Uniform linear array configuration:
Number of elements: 4
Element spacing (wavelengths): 0.75
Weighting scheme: hann
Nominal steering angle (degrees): -45
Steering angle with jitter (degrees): -45.101
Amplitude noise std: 0.05
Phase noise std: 0.05

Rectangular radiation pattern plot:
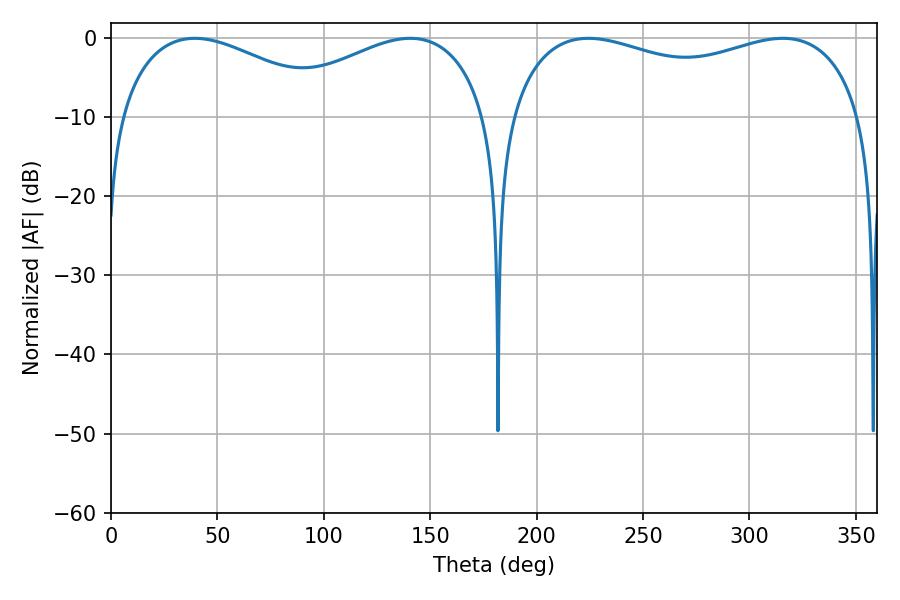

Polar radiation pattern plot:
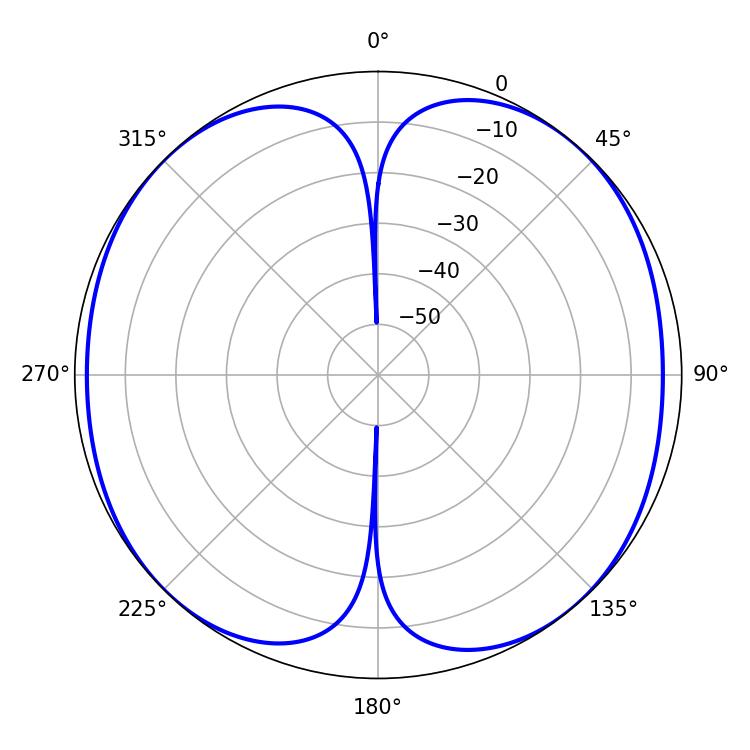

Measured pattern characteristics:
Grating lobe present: TRUE
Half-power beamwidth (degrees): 57.6
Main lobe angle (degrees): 39.42